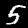
Label: 5